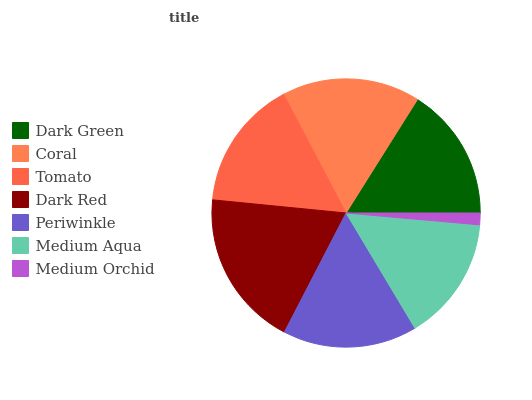
| Dark Green | Coral | Tomato | Dark Red | Periwinkle | Medium Aqua | Medium Orchid |
 | --- | --- | --- | --- | --- | --- | --- |
 | 16.1% | 16.7% | 15.7% | 18.9% | 16.2% | 15% | 1.41% |